Lunatic asylums Punjab 1911-1921 - 1911-1921
Year: 1911
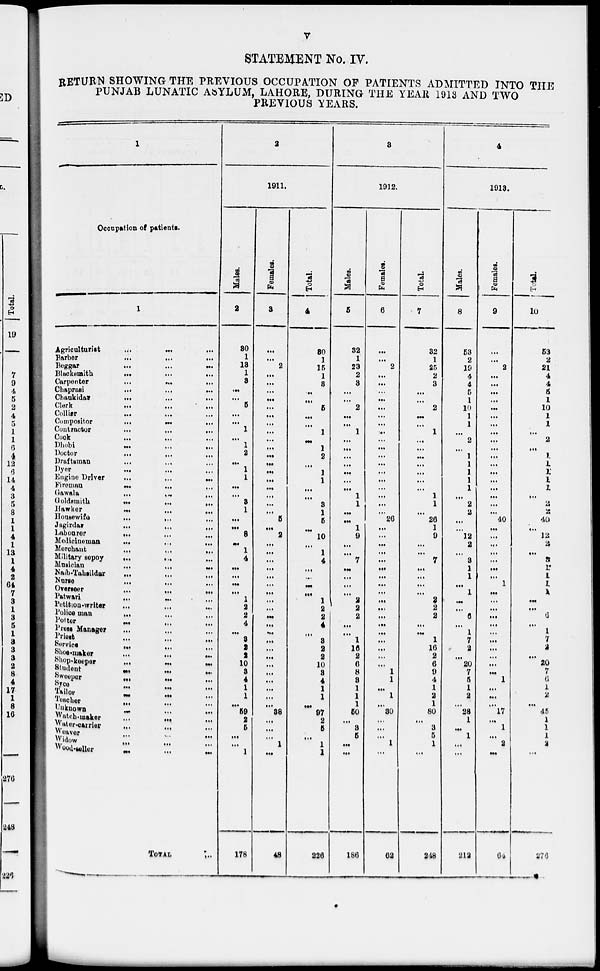
v
STATEMENT No. IV.
RETURN SHOWING THE PREVIOUS OCCUPATION OF PATIENTS ADMITTED INTO THE
PUNJAB LUNATIC ASYLUM, LAHORE, DURING THE YEAR 1913 AND TWO
PREVIOUS YEARS.
1
Occupation of patients.
1
Agriculturist
...
...
...
Barber ... ... ...
Beggar
...
...
...
Blacksmith
...
...
...
Carpenter
...
...
...
Chaprasi
...
...
...
Chaukidar
...
...
...
Clerk
...
...
...
Collier
...
...
...
Compositor
...
...
...
Contractor
...
...
...
Cook
...
...
...
Dhobi
...
...
...
Doctor ... ... ...
Draftsman ... ... ...
Dyer ... ... ...
Engine Driver
...
...
...
Fireman ... ... ...
Gawala
...
...
...
Goldsmith
...
...
...
Hawker ... ... ...
Honsewife
...
...
...
Jagirdar ... ... ...
Labourer ... ... ...
Medicineman
...
...
...
Merchant ... ... ...
Military sepoy ... ... ...
Musician ... ... ...
Naib-Tahsildar ... ... ...
Nurse
...
...
...
Overseer ... ... ...
Patwari ... ... ...
Petition-writer ... ... ...
Police man ... ... ...
Potter
...
...
...
Press Manager ... ... ...
Priest ... ... ...
Service ... ... ...
Shoe-maker
...
...
...
Shop-keeper ... ... ...
Student ... ... ...
Sweeper ... ... ...
Syce ... ... ...
Tailor ... ... ...
Teacher ... ... ...
Unknown
...
...
...
Watch-maker ... ... ...
Water-carrier ... ... ...
Weaver ... ... ...
Widow
...
...
...
Wood-seller ... ... ...
TOTAL
...
2
1911.
Males.
2
30
1
13
1
3
...
...
5
...
...
1
...
1
2
...
1
1
...
...
3
1
...
...
8
...
1
4
...
...
...
...
1
2
2
4
...
3
2
2
10
3
4
1
1
...
59
2
5
...
...
1
178
Females.
3
...
...
2
...
...
...
...
...
...
...
...
...
...
...
...
...
...
...
...
...
...
5
...
2
...
...
...
...
...
...
...
...
...
...
...
...
...
...
...
...
...
...
...
...
...
38
...
...
...
1
...
48
Total.
4
30
1
15
1
3
...
...
5
...
...
1
...
1
2
...
1
1
...
...
3
1
5
...
10
...
1
4
...
...
...
...
1
2
2
4
...
3
2
2
10
3
4
1
1
...
97
2
5
...
1
1
226
3
1912.
Males.
5
32
1
23
2
3
...
...
2
...
...
1
...
...
...
...
...
...
...
1
1
...
...
1
9
...
...
7
...
...
...
...
2
2
2
...
...
1
16
2
6
8
3
1
1
1
50
...
3
5
...
...
186
Females.
6
...
...
2
...
...
...
...
...
...
...
...
...
...
...
...
...
...
...
...
...
...
26
...
...
...
...
...
...
...
...
...
...
...
...
...
...
...
...
...
...
1
1
...
1
...
30
...
...
...
1
...
62
Total
7
32
1
25
2
3
...
...
2
...
...
1
...
...
...
...
...
...
...
1
1
...
26
1
9
...
...
7
...
...
...
...
2
2
2
...
...
1
16
2
6
9
4
1
2
1
80
...
3
5
1
...
248
4
1913.
Males.
8
53
2
19
4
4
5
1
10
1
1
...
2
...
1
1
1
1
1
...
2
2
...
...
12
2
...
3
1
1
...
1
...
...
6
...
1
7
2
...
20
7
5
1
2
...
28
1
...
1
...
...
212
Females.
9
...
...
2
...
...
...
...
...
...
...
...
...
...
...
...
...
...
...
...
...
...
40
...
...
...
...
...
...
...
1
...
...
...
...
...
...
...
...
...
...
...
1
...
...
...
17
...
1
...
2
...
64
Total.
10
53
2
21
4
4
5
1
10
1
1
...
2
...
1
1
1
1 1
...
2
2
40
...
12
2
...
3
1
1
1
1
...
...
6
...
1 7
2
...
20
7
6
1
2
...
45
1
1
1
2
...
276